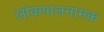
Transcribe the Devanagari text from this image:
लोकपालनामक